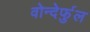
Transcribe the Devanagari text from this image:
वोन्देर्फुल